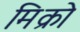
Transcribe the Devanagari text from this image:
मिक्रो